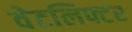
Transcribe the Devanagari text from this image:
वेटलिफ्टर